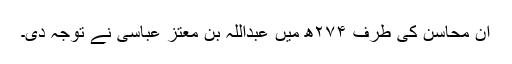
ان محاسن کی طرف ۲۷۴ھ میں عبداللہ بن معتز عباسی نے توجہ دی۔